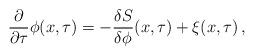
LaTeX: \begin{align*}\frac{\partial}{\partial\tau} \phi(x,\tau) =- \frac{\delta S}{\delta\phi}(x,\tau) + \xi(x,\tau) \, ,\end{align*}